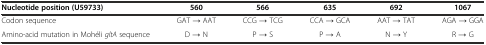
| Nucleotide position (U59733) | 560 | 566 | 635 | 692 | 1067 |
 | --- | --- | --- | --- | --- | --- |
 | Codon sequence | GAT → AAT | CCG → TCG | CCA → GCA | AAT → TAT | AGA → GGA |
 | Amino-acid mutation in Mohéli gltA sequence | D → N | P → S | P → A | N → Y | R → G |